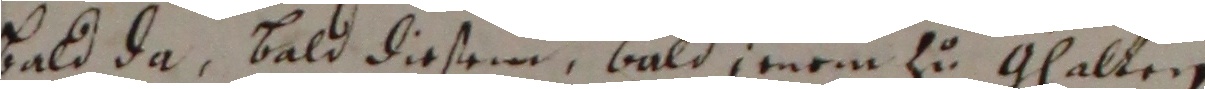
bald da, bald diesem bald jenem zu ghalten